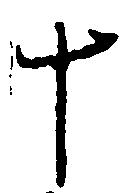
十